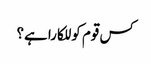
کس قوم کو للکارا ہے؟